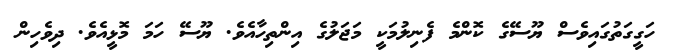
ހަގީގަތުގައިވެސް ޔޫސޭގެ ކޮންމެ ފެނިލުމަކީ މަޖަލުގެ އިންތިހާއެވެ. ޔޫސޭ ހަމަ މޮޅީއެވެ. ދިވެހިން